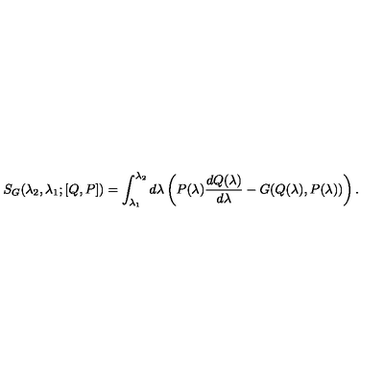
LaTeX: S _ { G } ( \lambda _ { 2 } , \lambda _ { 1 } ; [ Q , P ] ) = \int _ { \lambda _ { 1 } } ^ { \lambda _ { 2 } } d \lambda \left( P ( \lambda ) { \frac { d Q ( \lambda ) } { d \lambda } } - G ( Q ( \lambda ) , P ( \lambda ) ) \right) .